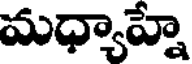
మధ్యాహ్నే